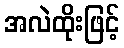
အလဲထိုးဖြင့်